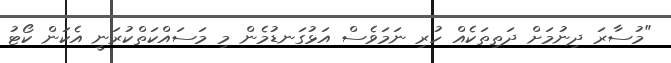
"މުސާރަ ދިނުމަށް ދަތިތަކެއް ހުރި ނަމަވެސް އަޅުގަނޑުމެން މި މަސައްކަތްކުރަނީ އެކަން ކޯޓު